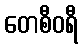
တေစီဝရီ